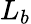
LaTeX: L_{b}